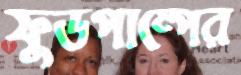
ফুডপাম্পের